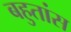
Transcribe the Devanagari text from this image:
बहुतांस